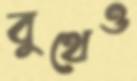
বুথেও